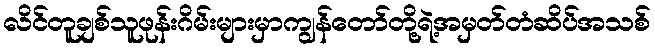
လိင်တူချစ်သူဖုန်းဂိမ်းများမှာကျွန်တော်တို့ရဲ့အမှတ်တံဆိပ်အသစ်